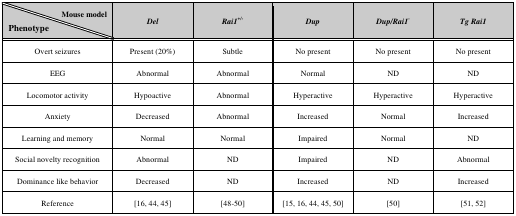
| Mouse model\Phenotype | Del | Rai1+/- | Dup | Dup/Rai1- | Tg Rai1 |
 | --- | --- | --- | --- | --- | --- |
 | Overt seizures | Present (20%) | Subtle | No present | No present | No present |
 | EEG | Abnormal | Abnormal | Normal | ND | ND |
 | Locomotor activity | Hypoactive | Abnormal | Hyperactive | Hyperactive | Hyperactive |
 | Anxiety | Decreased | Abnormal | Increased | Normal | Increased |
 | Learning and memory | Normal | Normal | Impaired | Normal | ND |
 | Social novelty recognition | Abnormal | ND | Impaired | ND | Abnormal |
 | Dominance like behavior | Decreased | ND | Increased | ND | Increased |
 | Reference | [16, 44, 45] | [48-50] | [15, 16, 44, 45, 50] | [50] | [51, 52] |